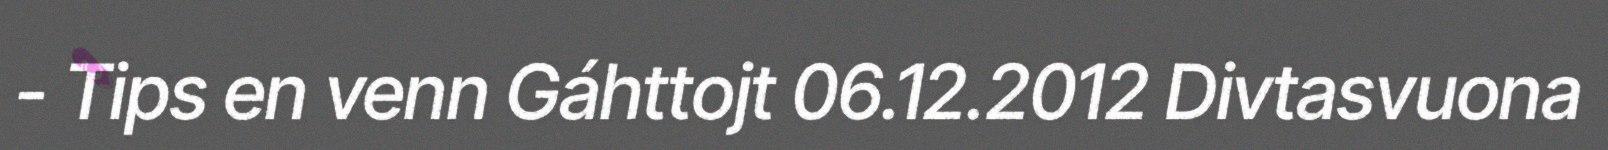
- Tips en venn Gáhttojt 06.12.2012 Divtasvuona